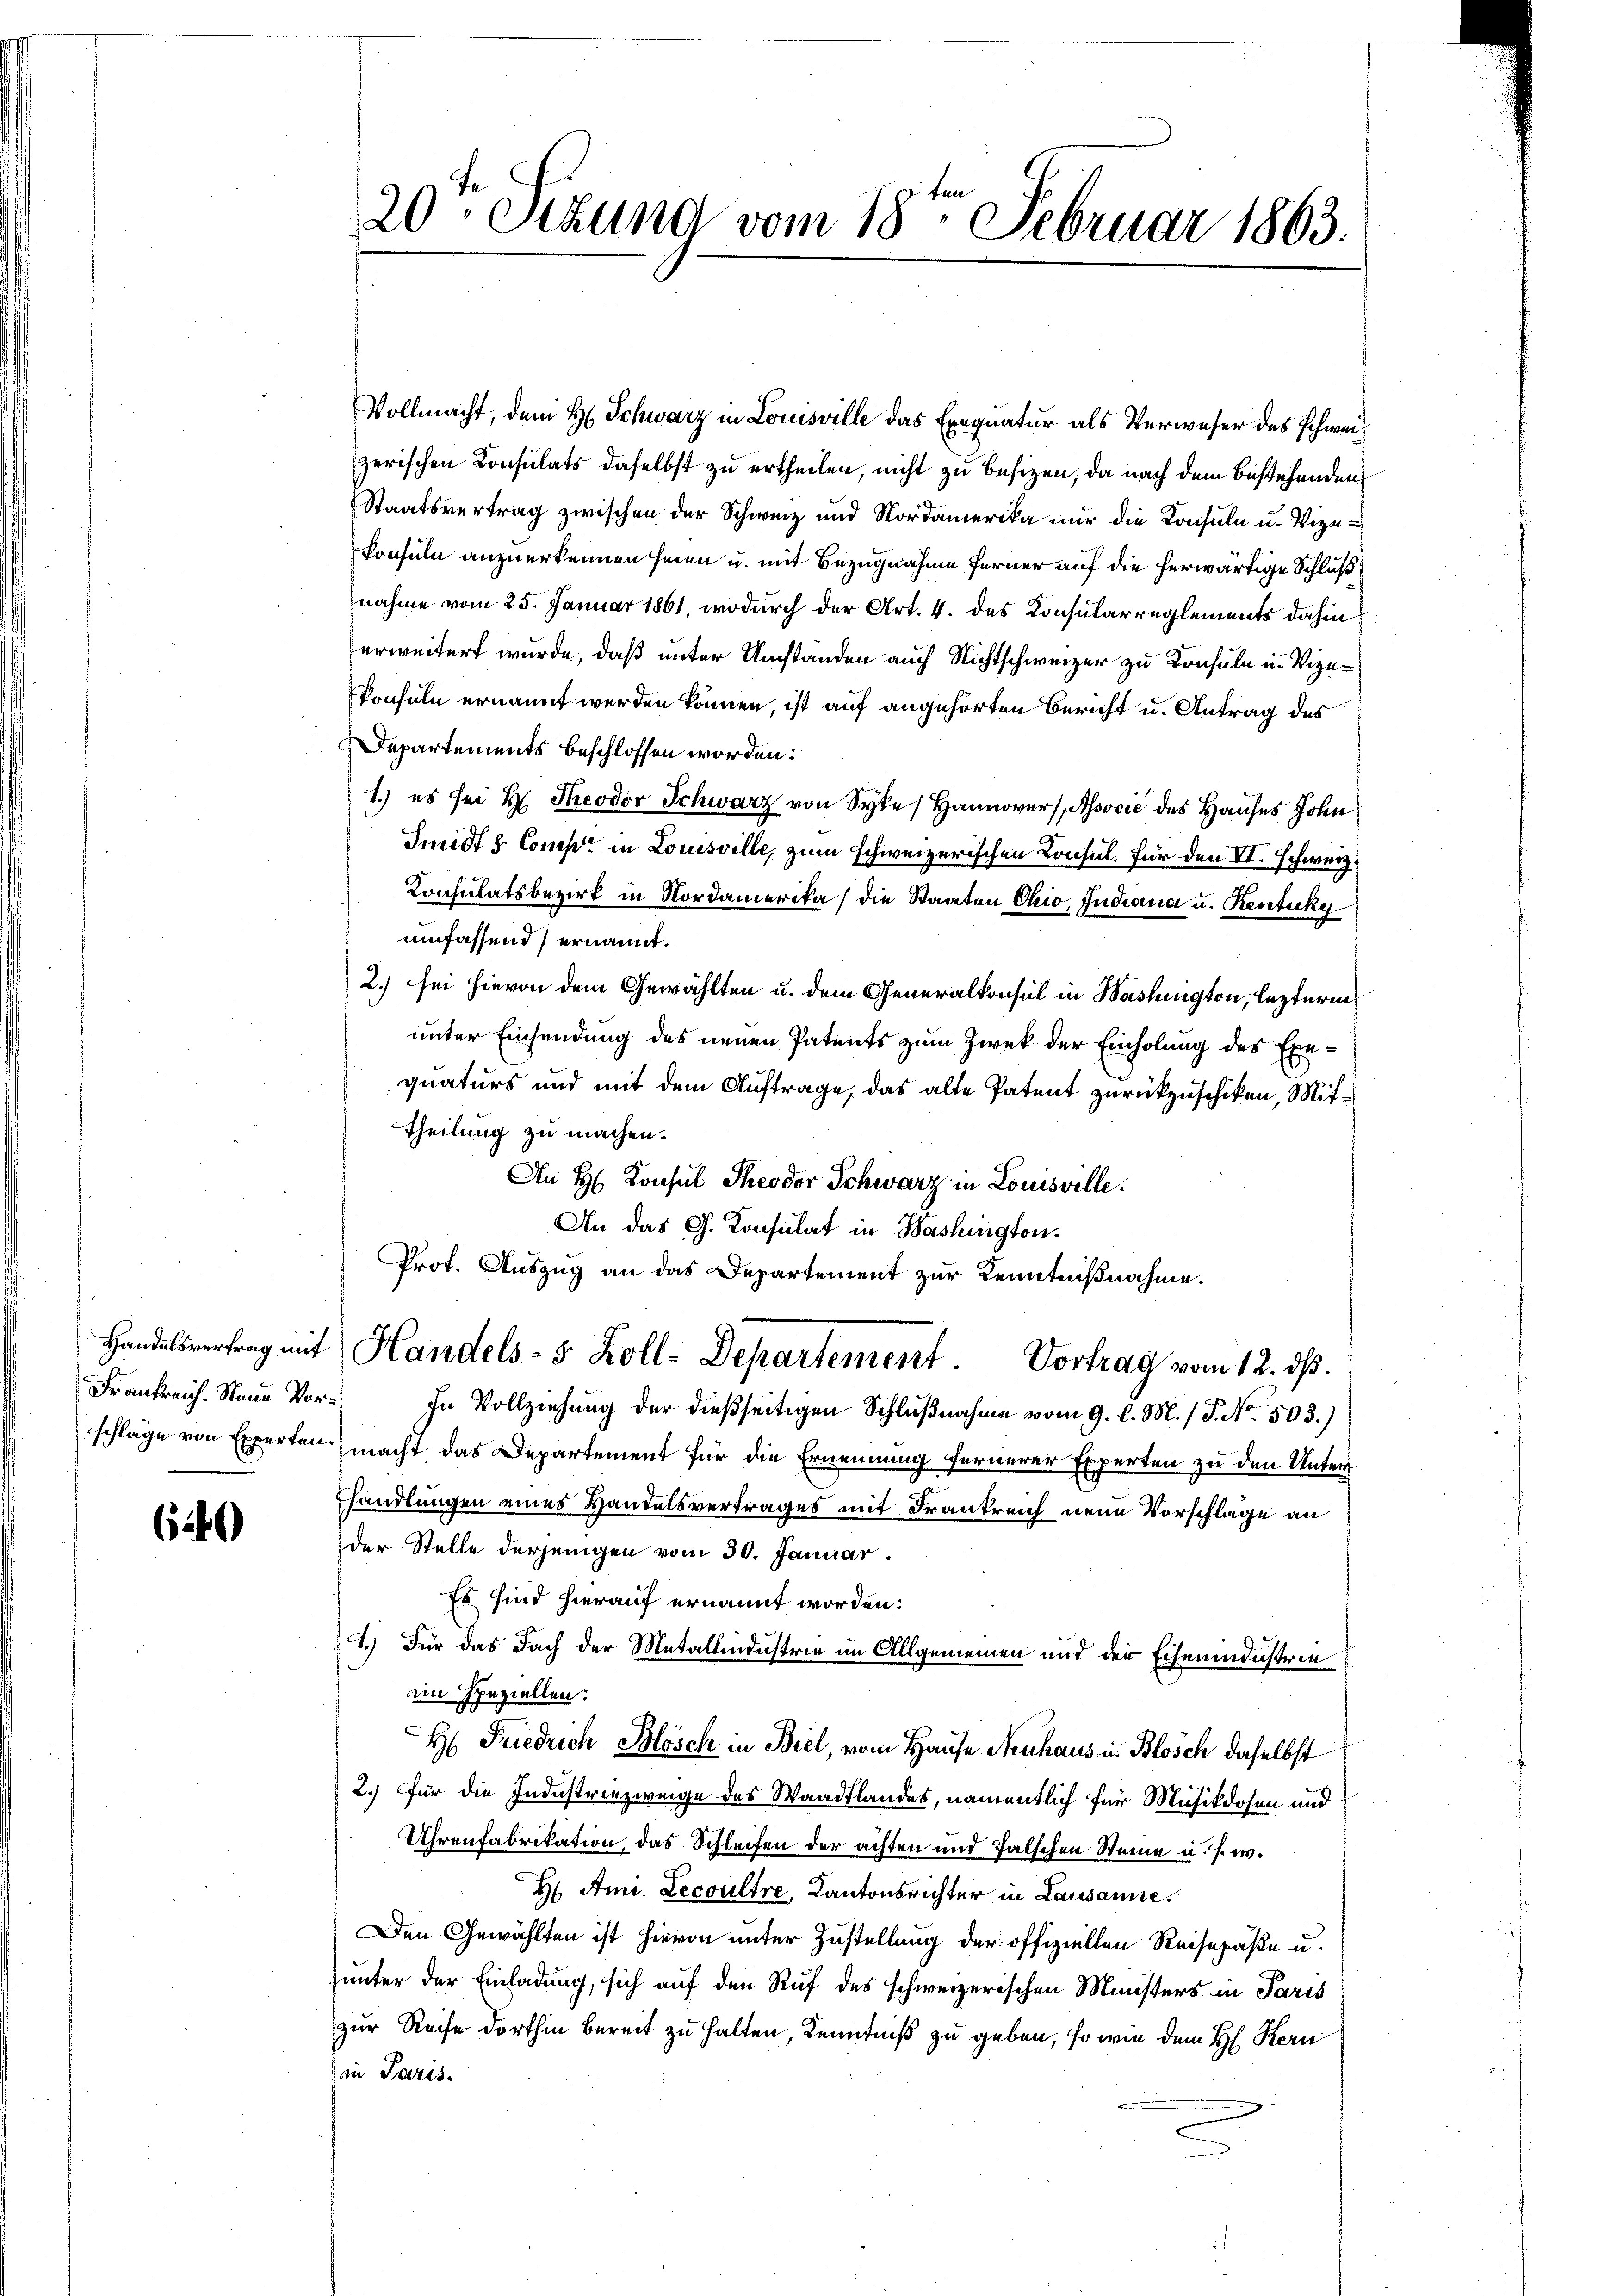
62)

Vollmacht, dem H. Schwarz in Louisville das Exequatur als Verweser des Schweiz
zerischen Consulats daselbst zu ertheilen, nicht zu besizen, da nach dem bestehenden
Staatsvertrag zwischen der Schweiz und Nordamerika nur die Konsuln u. Vize-
konsuln anzuerkennen seien u. mit Bezugnahme ferner auf die herwärtige Schluß
nahme vom 25. Januar 1861, wodurch der Art. 4. des Konsularreglements dahin
erweitert wurde, daß unter Umstanden auch Nichtschweizer zu Konsuln u. Vizekonsuln ernannt werden können, ist auf angehörten Bericht u. Antrag des
Departements beschlossen worden:
1.) es sei H. Theodor Schwarz von Syte Hannover Associe des Hauses John
Smidts Comp. in Louisville, zum schweizerischen Consul. Für den VI. Schweiz.
Consulatsbezirk in Nordamerika die Staaten Chio, Indiana u. Rentike
umfassend ernannt.
2.) sei hievon dem Gewählten u. dem Generalkonsul in Washington, lezterne
unter Einsendung des neuen Patents zum Zwek der Einholung des Exequaturs und mit dem Auftrage, das alte Patent zurückzuschiken, Mit¬
Theilung zu machen.
An H. Konsul Theodor Schwarz in Louisville.
An das G. Konsulat in Washington.
Prot. Auszug an das Departement zur Kenntnißnahme.
Handelsvertrag mit Handels- 5 Zoll-Departement. Vortrag vom 12. ds.
Frankreich. Neue Vor- In Vollziehung der dießseitigen Schlußnahme vom 9. l. M. / P. No. 503.)
schlage von Experten macht das Departement für die Ernennung fernerer Experten zu den Unters
handlungen eines Handelsvertrages mit Frankreich neue Vorschläge an
der Stelle derjenigen vom 30. Januar.
Es sind hierauf ernannt worden.
1.) Für das Fach der Metallindustrie im Allgemeinen und der Eichenmenstein
im speziellen.
H: Friedrich Blösch in Biel, vom Hause Neuhaus u. Blosch daselbst
2.) für die Industriezweige des Waadtlandes, namentlich für Musikdosen und
Uhrenfabrikation, das Schleifen der achten und falschen Steine u. s. w.
H Ami Lecoultre, Kantonsrichter in Lausanne.
Den Gewählten ist hievon unter Zustellung der offiziellen Reisepäße u.
unter der Einladung, sich auf den Ruf des schweizerischen Ministers in Paris
zur Reise dorthin bereit zu halten, Kenntniß zu geben, so wie dem H. Kern
in Paris.

20te Sekund vom 18ten Februar 1863.